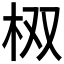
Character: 𮲮